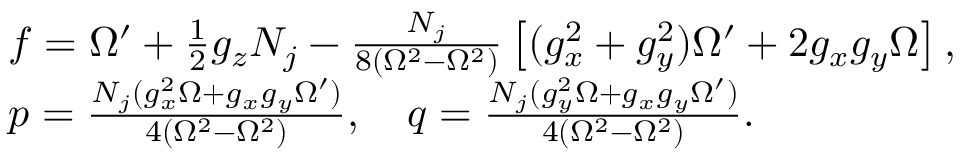
\begin{array} { r l } & { f = \Omega ^ { \prime } + \frac { 1 } { 2 } g _ { z } N _ { j } - \frac { N _ { j } } { 8 ( \Omega ^ { 2 } - \Omega ^ { 2 } ) } \left[ ( g _ { x } ^ { 2 } + g _ { y } ^ { 2 } ) \Omega ^ { \prime } + 2 g _ { x } g _ { y } \Omega \right] , } \\ & { p = \frac { N _ { j } ( g _ { x } ^ { 2 } \Omega + g _ { x } g _ { y } \Omega ^ { \prime } ) } { 4 ( \Omega ^ { 2 } - \Omega ^ { 2 } ) } , \quad q = \frac { N _ { j } ( g _ { y } ^ { 2 } \Omega + g _ { x } g _ { y } \Omega ^ { \prime } ) } { 4 ( \Omega ^ { 2 } - \Omega ^ { 2 } ) } . } \end{array}